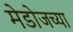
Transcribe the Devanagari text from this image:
मेडोजच्या